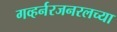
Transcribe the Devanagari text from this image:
गव्हर्नरजनरलच्या